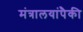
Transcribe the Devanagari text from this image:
मंत्रालयांपैकी